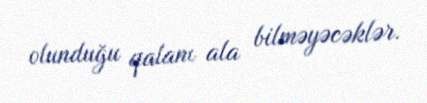
olunduğu qalanı ala bilməyəcəklər.